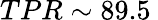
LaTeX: TPR\sim 89.5\